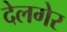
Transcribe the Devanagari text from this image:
देलगेर